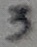
Text: 3